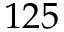
1 2 5